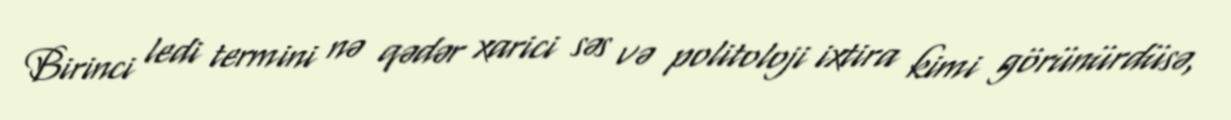
Birinci ledi termini nə qədər xarici səs və politoloji ixtira kimi görünürdüsə,